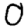
Digit: 0